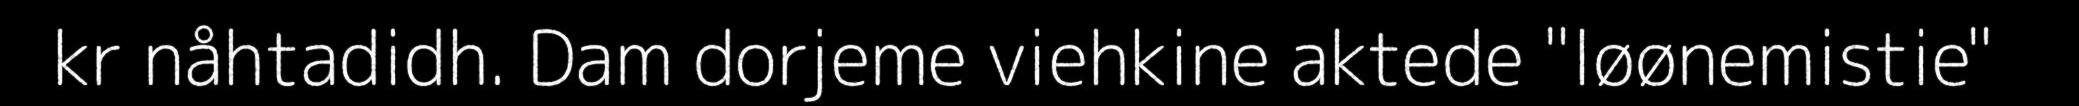
kr nåhtadidh. Dam dorjeme viehkine aktede "løønemistie"